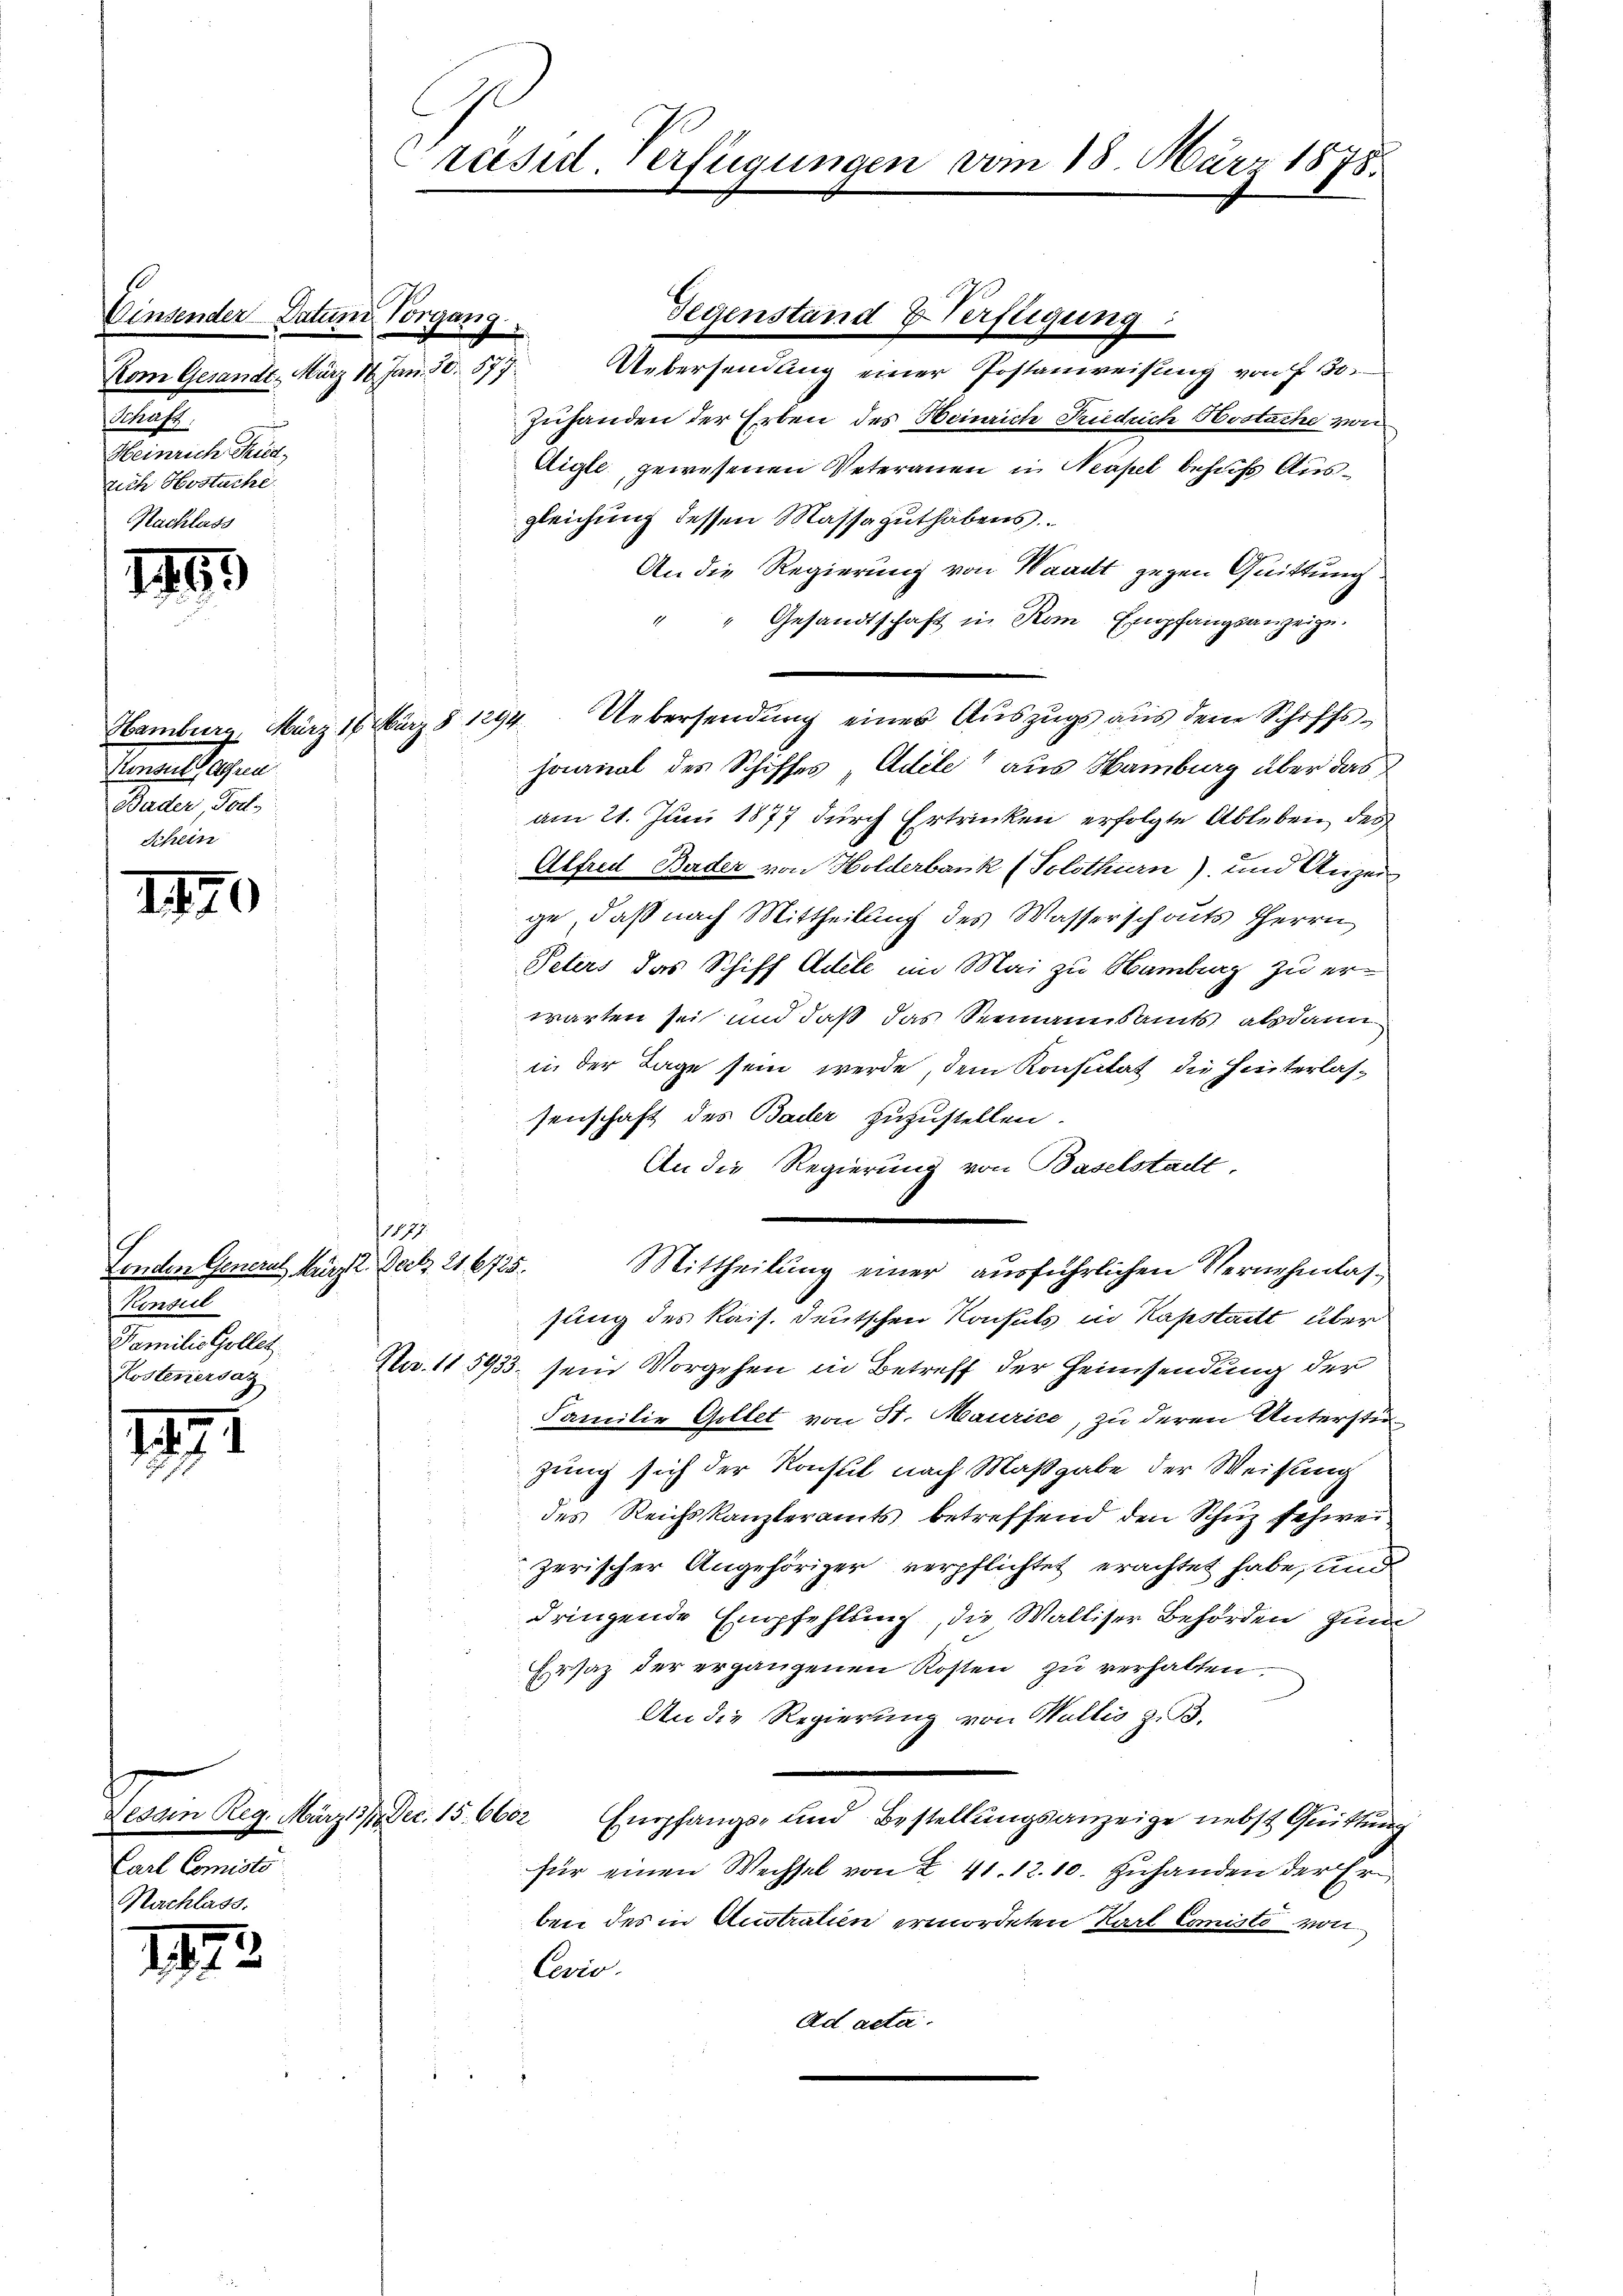
s
Einsender Datum Vorgang
Vom Gesandt. März 18. Jan. 80. 877.
Schaft
Heinrich Fried,
sich Hostuche

1

769

170

Landen General, kürzt. Dec. 216725.
Konsul
Familie Gollet
Kostenersaz

1

Carl Comisti

193.

Konsul (Absen
Bäder, Tor

räsid. Verfügungen vom 18. März 1878.

Zuhanden der Erben des Heinrich Friedrich Hostache von
Aigle gewesenen Veteranen in Neapel behufs Ausgleichung dessen Massaguthabens.
An die Regierung von Waadt gegen Quittung
" " Gesandtschaft in Rom Empfangsanzeige.
Hamburg, März 16 März § 1294. Uebersendung eines Auszugs aus dem Schiffs-
sournal des Schiffes, Adele“ aus Hamburg über das
am 21. Juni 1877 durch Ertrinken erfolgte Ableben des
Alfred Bader von Holderbank (Solothurn) und Anzei
.
ge, daß nach Mittheilung des Wasserschauts Herrn
Peters das Schiff Adele im Mai zu Hamburg zu erwarten sei und daß das Seemannsamts, alsdann
in der Tage sein werde, dem Konstat die Hinterlassenschaft des Bader zuzustellen.
An die Regierung von Baselstadt,
17.
Mittheilung einer ausführlichen Vernehmlassung des Kais. Deutschen Konsuls in Kapstatt über
Nr. 115933. sein Vorgehen in Betreff der Heimsendung der
Familie Gillet von St. Maurice, zu deren Unterstüzung sich der Konsul nach Maßgabe der Weisung
des Reichskanzleramts betreffend den Schuz schweizerischer Angehöriger verpflichtet erachtet habe, und
dringende Empfehlung, die Walliser Behörden zum
Ersatz der ergangenen Kosten zu verhalten.
An die Regierung von Wallis z. B.
Tessin Reg. März 17. Dec. 15. 6602 Empfangs- und Bestellungsanzeige nebst Quittung
für einen Wechsel von I 41. 12. 10. Zuhanden der Erben des in Australien ermordeten Karl Comisto von
Cevio.
Ad acta.

Gegenstand & Verfligung:
Uebersendung einer Postanweisung von f. 30.